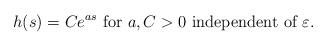
LaTeX: \begin{align*}h(s) = C e^{as} \mbox{ for } a, C>0 \mbox{ independent of } \varepsilon. \end{align*}